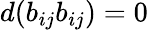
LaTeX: d(b_{ij}b_{ij})=0